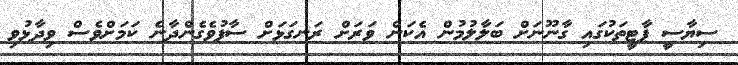
ސިޔާސީ ޕާޓީތަކުގައި ގާނޫނަށް ބަލާލުމުން އެކަން ވަރަށް ރަނގަޅަށް ސާފުވެގެންދާނެ ކަމަށްވެސް ވިދާޅުވި